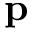
\mathbf { p }